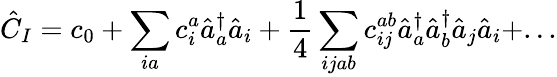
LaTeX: \hat{C}_{I}=c_{0}+\sum_{ia}c_{i}^{a}\hat{a}_{a}^{\dagger}\hat{a}_{i}+\frac{1}{4}\sum_{ijab}c_{ij}^{ab}\hat{a}_{a}^{\dagger}\hat{a}_{b}^{\dagger}\hat{a}_{j}\hat{a}_{i}+...